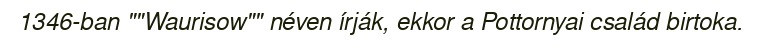
1346-ban ""Waurisow"" néven írják, ekkor a Pottornyai család birtoka.